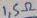
Text: 1,5Ω